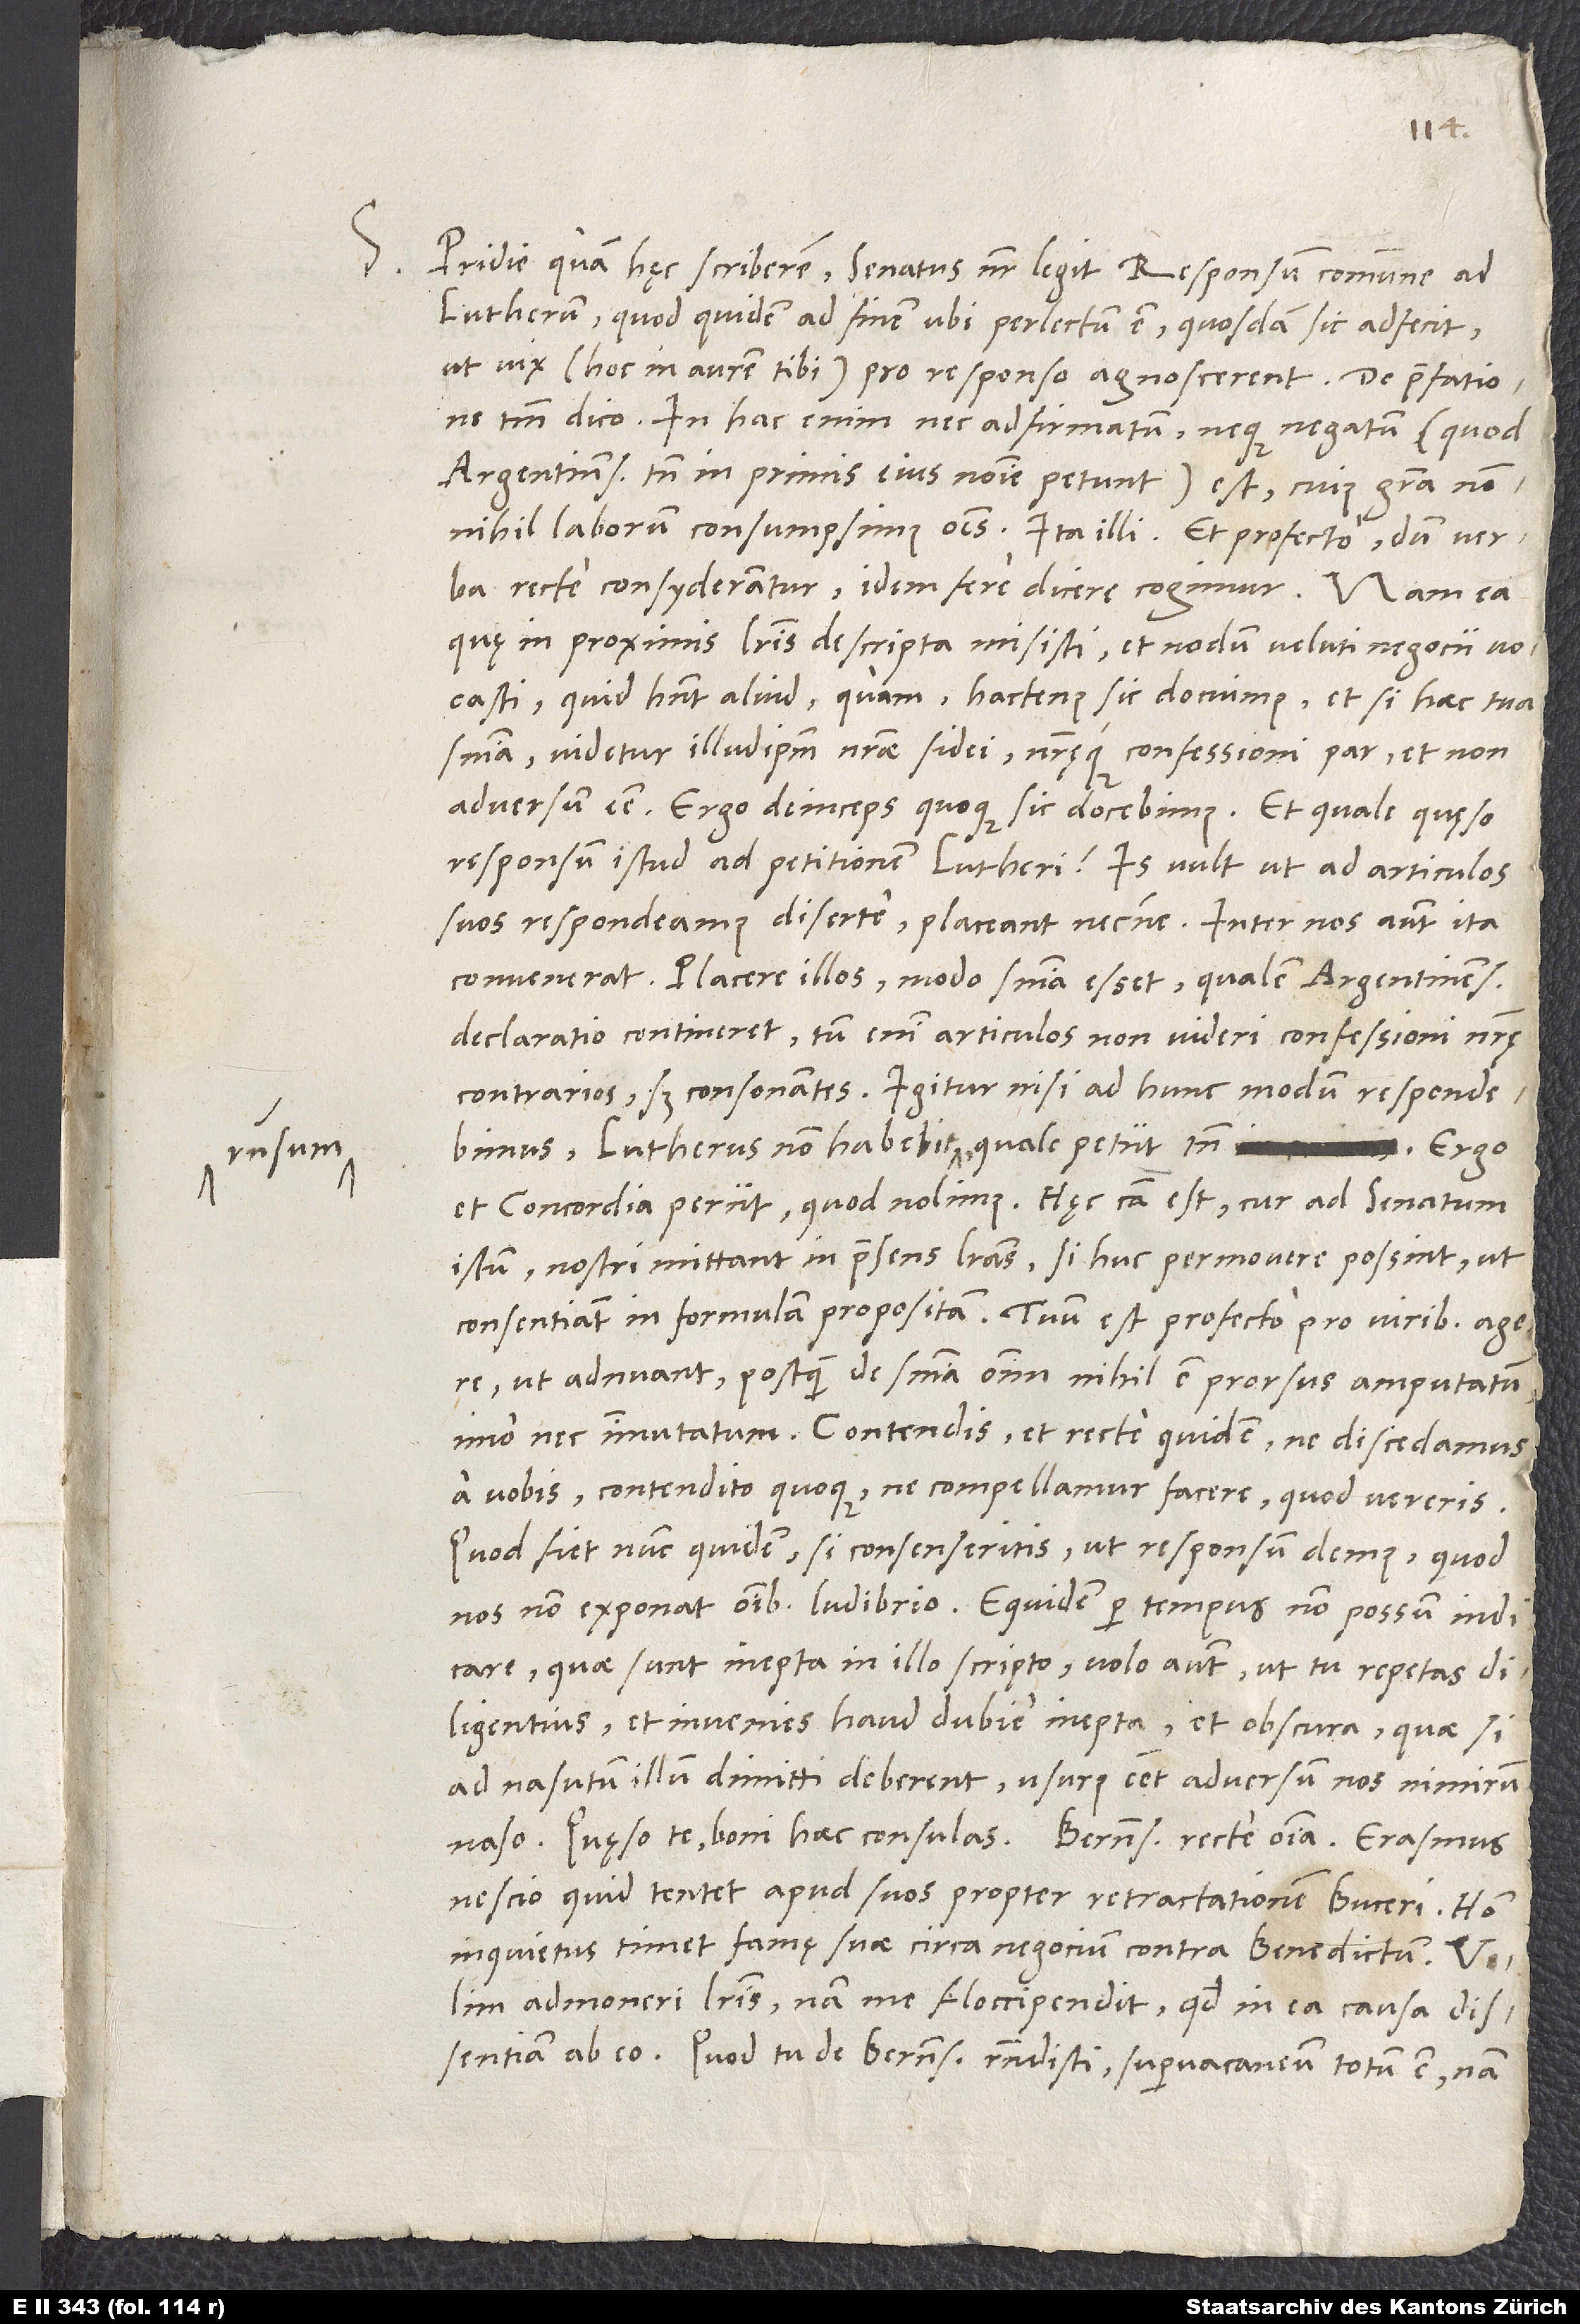
responsum

S. Pridie quam haec scriberem, senatus noster legit responsum commune ad
Lutherum, quod quidem ad finem ubi perlectum est, quosdam sic adfecit,
ut vix (hoc in aurem tibi) pro responso agnoscerent. De praefatione
tantum dico. In hac enim nec adfirmatum neque negatum (quod
Argentinenses tamen in primis eius nomine petunt) est, cuius gratia nonnihil
laborum consumpsimus omnes. Ita illi. Et profecto, dum verba
recte consyderantur, idem fere dicere cogimur. Nam ea,
quae in proximis literis descripta misisti et nodum veluti negocii vocasti,
quid habent aliud quam: Hactenus sic docuimus, et si haec tua
sententia, videtur illudipsum nostrae fidei nostraeque confessioni par et non
adversum esse; ergo deinceps quoque sic docebimus. Et quale, quaeso,
responsum istud ad petitionem Lutheri? Is vult, ut ad articulos
suos respondeamus diserte, placeant necne. Inter nos autem ita
convenerat: Placere illos, modo sententia esset, qualem Argentinensium
declaratio contineret; tum enim articulos non videri confessioni nostrae
contrarios, sed consonantes. Igitur, nisi ad hunc modum respondebirnus,
Lutherus non habebit responsum, qualem petiit tamen. Ergo
et concordia periit, quod nolimus. Haec causa est, cur ad senatum
istum nostri mittant in praesens literas, si huc permovere possint, ut
consentiant in formulam propositam. Tuum profecto pro viribus agere,
ut adnuant, postquam de sententia omni nihil est prorsus amputatum,
imo nec immutatum. Contendis, et recte quidem, ne discedamus
a vobis; contendito quoque, ne compellamur facere, quod vereris.
Quod fiet nunc quidem, si consenseritis, ut responsum demus, quod
nos non exponat omnibus ludibrio. Equidem per tempus non possum indicare,
quae sunt inepta in illo scripto; volo autem, ut tu repetas
diligentius, et invenies haud dubie inepta et obscura, quae si
ad nasutum illum dimitti deberent, usurus esset adversum nos nimirum
nescio quid tentet apud suos propter Retractationem Buceri Homo
inquietus timet famae suae circa negocium contra Benedictum. Velim
admoneri literis; nam me floccipendit, quod in ea causa dissentiam
Quod tu de Bernensibus respondisti, supervacaneum totum est; nam